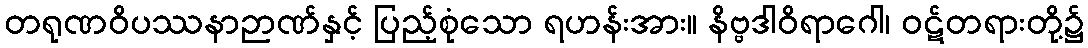
တရုဏဝိပဿနာဉာဏ်နှင့် ပြည့်စုံသော ရဟန်းအား။ နိဗ္ဗဒါဝိရာဂေါ၊ ဝဋ်တရားတို့၌